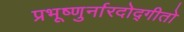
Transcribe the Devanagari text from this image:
प्रभूष्णुर्नारदोद्गीतो